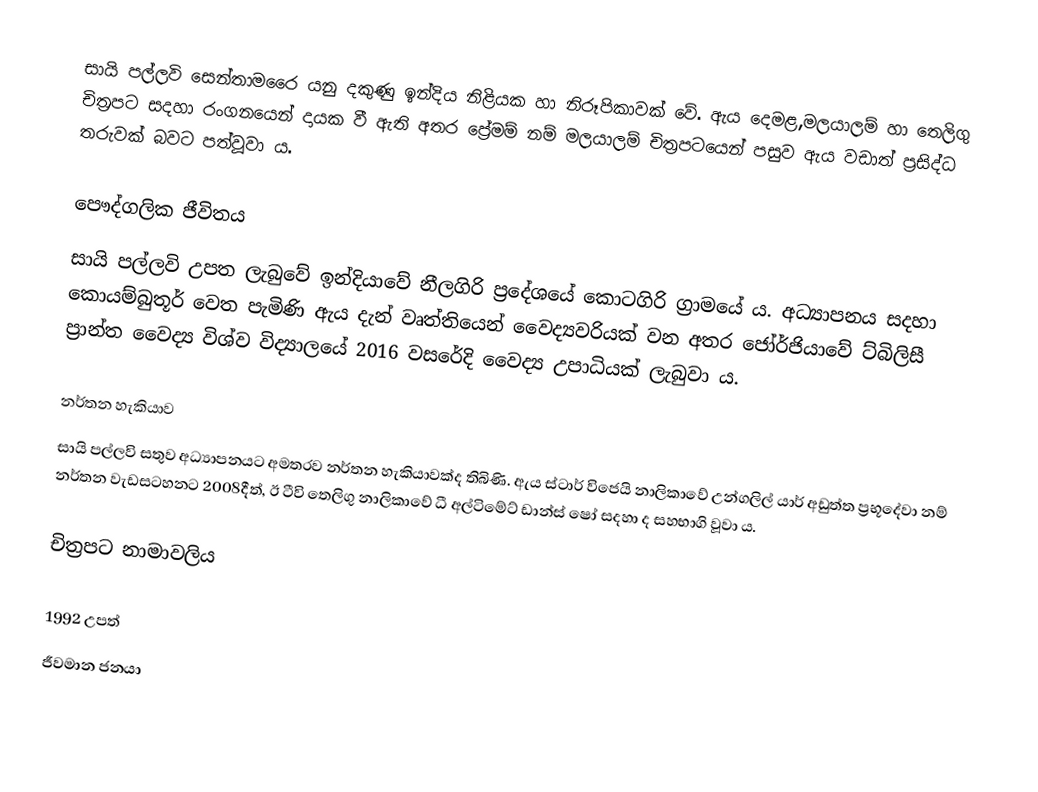
සායි පල්ලවි සෙන්තාමරෛ යනු දකුණු ඉන්දිය නිළියක හා නිරූපිකාවක් වේ. ඇය දෙමළ,මලයාලම් හා තෙලිගු චිත්‍රපට සදහා රංගනයෙන් දායක වී ඇති අතර ප්‍රේමම් නම් මලයාලම් චිත්‍රපටයෙන් පසුව ඇය වඩාත් ප්‍රසිද්ධ තරුවක් බවට පත්වූවා ය.

පෞද්ගලික ජීවිතය
සායි පල්ලවි උපත ලැබුවේ ඉන්දියාවේ නීලගිරි ප්‍රදේශයේ කොටගිරි ග්‍රාමයේ ය. අධ්‍යාපනය සදහා කොයම්බුතූර් වෙත පැමිණි ඇය දැන් වෘත්තියෙන් වෛද්‍යවරියක් වන අතර ජෝර්ජියාවේ ට්බිලිසී ප්‍රාන්ත වෛද්‍ය විශ්ව විද්‍යාලයේ 2016 වසරේදි වෛද්‍ය උපාධියක් ලැබුවා ය.

නර්තන හැකියාව
සායි පල්ලවි සතුව අධ්‍යාපනයට අමතරව නර්තන හැකියාවක්ද තිබිණි. ඇය ස්ටාර් විජෙයි නාලිකාවේ උන්ගලිල් යාර් අඩුත්ත ප්‍රභූදේවා නම් නර්තන වැඩසටහනට 2008දීත්, ඊ ටීවි තෙලිගු නාලිකාවේ ධී අල්ටිමේට් ඩාන්ස් ෂෝ සදහා ද සහභාගි වූවා ය.

චිත්‍රපට නාමාවලිය

1992 උපත්
ජීවමාන ජනයා